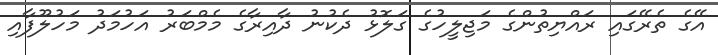
އޭގެ ތެރޭގައި ރައްޔިތުންގެ މަޖިލީހުގެ ގަލޮޅު ދެކުނު ދާއިރާގެ މެމްބަރު އަހުމަދު މަހުލޫފާއި